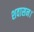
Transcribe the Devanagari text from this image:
शवासन।